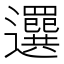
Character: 𦌻